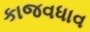
કાજવધાવ